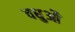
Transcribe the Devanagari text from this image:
वधुऔ